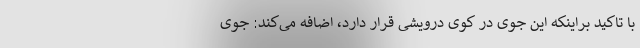
با تاکید براینکه این جوی در کوی درویشی قرار دارد، اضافه می‌کند: جوی